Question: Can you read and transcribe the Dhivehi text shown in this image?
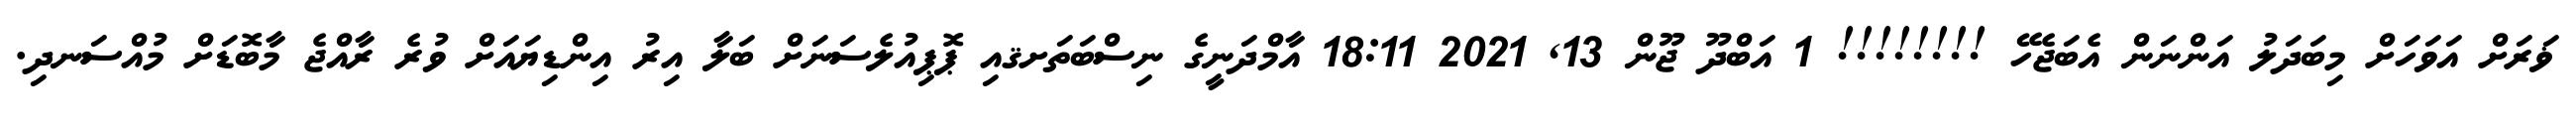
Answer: ޥަރަށް އަވަހަށް މިބަދަލު އަންނަން އެބަޖެހޭ !!!!!!!! 1 އަބްދޫ ޖޫން 13, 2021 18:11 އާމްދަނީގެ ނިސްބަތަށޤއި ޕޮޕިއުލެސަނަށް ބަލާ އިރު އިންޑިޔައަށް ވުރެ ރާއްޖެ މާބޮޑަށް މުއްސަނދި.